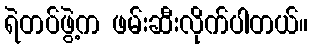
ရဲတပ်ဖွဲ့က ဖမ်းဆီးလိုက်ပါတယ်။